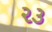
૨૩